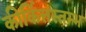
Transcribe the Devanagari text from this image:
कीर्कित्तस्तम्भ